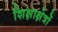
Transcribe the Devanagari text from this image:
शिक्षाक्षेत्रों